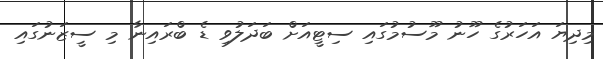
މިދިޔަ އަހަރުގެ ހޫނު މޫސުމުގައި ސިޓީއަށް ބަދަލުވި ޑެ ބްރައިނާ މި ސީޒަނުގައި